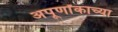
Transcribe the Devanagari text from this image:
अपूर्णांकाच्या